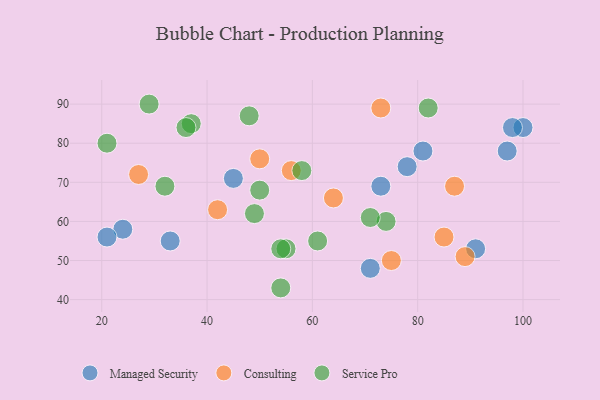
{"axis": {"x": "GDP", "y": "Life Expectancy"}, "legend": ["Consulting", "Managed Security", "Service Pro"], "data": [{"x": "81", "y": 78, "type": "Managed Security"}, {"x": "78", "y": 74, "type": "Managed Security"}, {"x": "97", "y": 78, "type": "Managed Security"}, {"x": "73", "y": 69, "type": "Managed Security"}, {"x": "100", "y": 84, "type": "Managed Security"}, {"x": "24", "y": 58, "type": "Managed Security"}, {"x": "71", "y": 48, "type": "Managed Security"}, {"x": "98", "y": 84, "type": "Managed Security"}, {"x": "91", "y": 53, "type": "Managed Security"}, {"x": "33", "y": 55, "type": "Managed Security"}, {"x": "21", "y": 56, "type": "Managed Security"}, {"x": "45", "y": 71, "type": "Managed Security"}, {"x": "85", "y": 56, "type": "Consulting"}, {"x": "89", "y": 51, "type": "Consulting"}, {"x": "64", "y": 66, "type": "Consulting"}, {"x": "75", "y": 50, "type": "Consulting"}, {"x": "56", "y": 73, "type": "Consulting"}, {"x": "73", "y": 89, "type": "Consulting"}, {"x": "87", "y": 69, "type": "Consulting"}, {"x": "50", "y": 76, "type": "Consulting"}, {"x": "27", "y": 72, "type": "Consulting"}, {"x": "42", "y": 63, "type": "Consulting"}, {"x": "37", "y": 85, "type": "Service Pro"}, {"x": "49", "y": 62, "type": "Service Pro"}, {"x": "58", "y": 73, "type": "Service Pro"}, {"x": "36", "y": 84, "type": "Service Pro"}, {"x": "29", "y": 90, "type": "Service Pro"}, {"x": "61", "y": 55, "type": "Service Pro"}, {"x": "82", "y": 89, "type": "Service Pro"}, {"x": "55", "y": 53, "type": "Service Pro"}, {"x": "48", "y": 87, "type": "Service Pro"}, {"x": "54", "y": 43, "type": "Service Pro"}, {"x": "21", "y": 80, "type": "Service Pro"}, {"x": "54", "y": 53, "type": "Service Pro"}, {"x": "74", "y": 60, "type": "Service Pro"}, {"x": "71", "y": 61, "type": "Service Pro"}, {"x": "32", "y": 69, "type": "Service Pro"}, {"x": "50", "y": 68, "type": "Service Pro"}]}